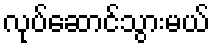
လုပ်ဆောင်သွားမယ်